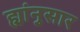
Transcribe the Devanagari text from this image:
ह्यांनुसार